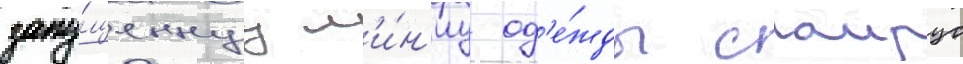
запу́щеннуу л'и́н'иу од'е́жды саирус